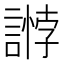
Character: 𧪶